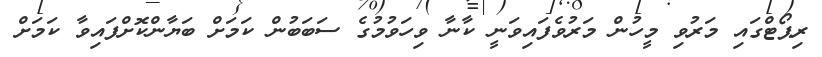
ރިޕޯޓްގައި މަރުވި މީހުން މަރުވެފައިވަނީ ކާނާ ވިހަވުމުގެ ސަބަބުން ކަމަށް ބަޔާންކޮށްފައިވާ ކަމަށް